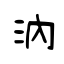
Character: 汭